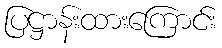
ပြဋ္ဌာန်းထားကြောင်း